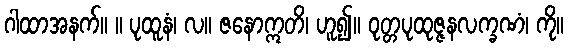
ဂါထာအနက်။ ။ ပုထူနံ၊ လ။ ဇနောဣတိ၊ ဟူ၍။ ဝုတ္တပုထုဇ္ဇနလက္ခဏံ၊ ကို။